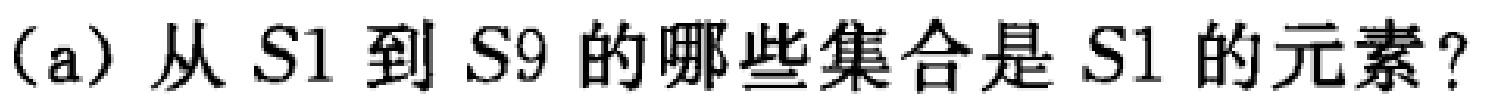
(a) 从 \(S1\) 到 \(S9\) 的哪些集合是 \(S1\) 的元素？